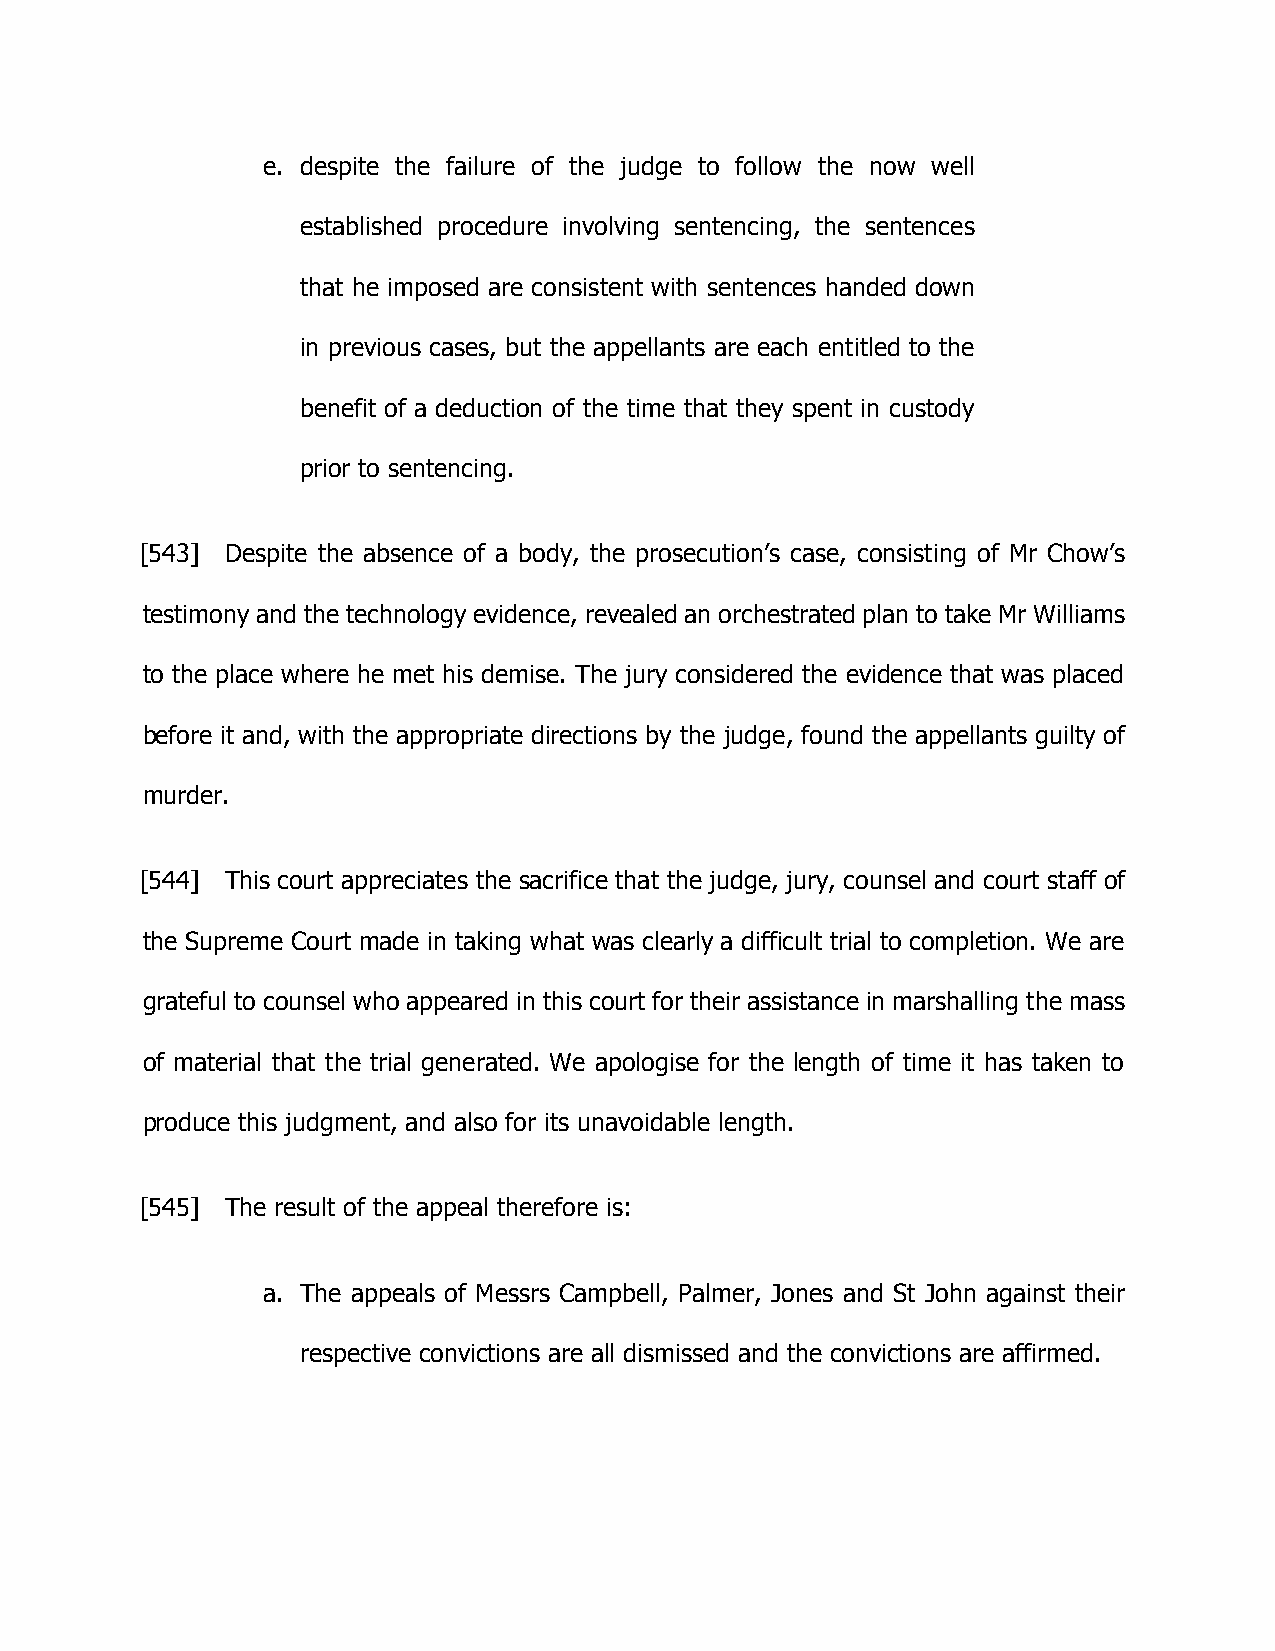
e. despite the failure of the judge to follow the now well
 established procedure involving sentencing, the sentences
 that he imposed are consistent with sentences handed down
 in previous cases, but the appellants are each entitled to the
 benefit of a deduction of the time that they spent in custody
 prior to sentencing.
 [543] Despite the absence of a body, the prosecution’s case, consisting of Mr Chow’s
 testimony and the technology evidence, revealed an orchestrated plan to take Mr Williams
 to the place where he met his demise. The jury considered the evidence that was placed
 before it and, with the appropriate directions by the judge, found the appellants guilty of
 murder.
 [544] This court appreciates the sacrifice that the judge, jury, counsel and court staff of
 the Supreme Court made in taking what was clearly a difficult trial to completion. We are
 grateful to counsel who appeared in this court for their assistance in marshalling the mass
 of material that the trial generated. We apologise for the length of time it has taken to
 produce this judgment, and also for its unavoidable length.
 [545] The result of the appeal therefore is:
 a. The appeals of Messrs Campbell, Palmer, Jones and St John against their
 respective convictions are all dismissed and the convictions are affirmed.